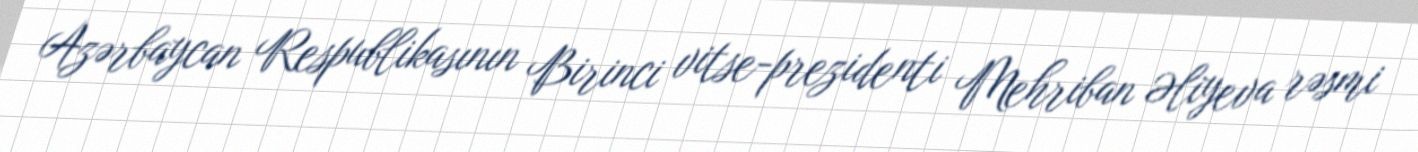
Azərbaycan Respublikasının Birinci vitse-prezidenti Mehriban Əliyeva rəsmi